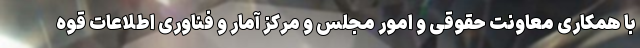
با همکاری معاونت حقوقی و امور مجلس و مرکز آمار و فناوری اطلاعات قوه